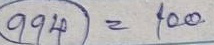
994 = 100